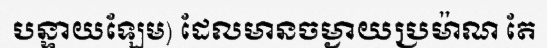
បន្ទាយឡែម) ដែលមានចម្ងាយប្រម៉ាណ តែ